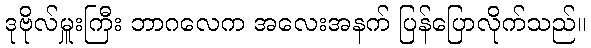
ဒုဗိုလ်မှူးကြီး ဘာဂလေက အလေးအနက် ပြန်ပြောလိုက်သည်။